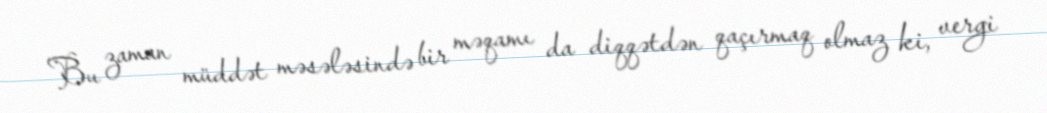
Bu zaman müddət məsələsində bir məqamı da diqqətdən qaçırmaq olmaz ki, vergi